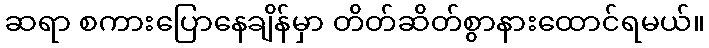
ဆရာ စကားပြောနေချိန်မှာ တိတ်ဆိတ်စွာနားထောင်ရမယ်။